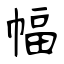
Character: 幅